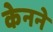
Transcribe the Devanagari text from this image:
केनने